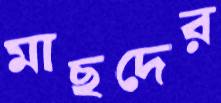
মাছদের